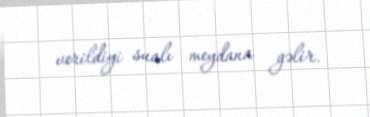
verildiyi sualı meydana gəlir.